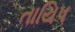
તાયિપ